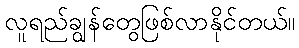
လူရည်ချွန်တွေဖြစ်လာနိုင်တယ်။